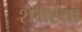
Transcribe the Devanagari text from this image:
शमस्या